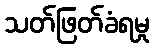
သတ်ဖြတ်ခံရမှု